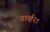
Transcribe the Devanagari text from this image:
वार्व्हरा